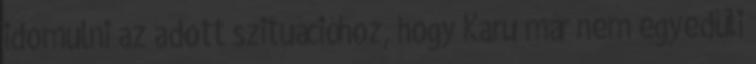
idomulni az adott szituációhoz, hogy Karu már nem egyedüli